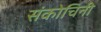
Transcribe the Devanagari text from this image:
संकोचिनी